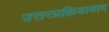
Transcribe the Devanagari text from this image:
उत्तरप्रक्रियावाद